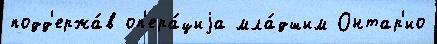
подд'ержа́в оп'ера́циjа мла́дшим Онтар'ио